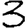
Digit: 3